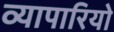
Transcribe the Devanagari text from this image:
व्यापारियो